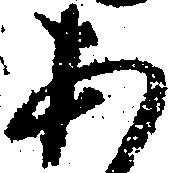
あ